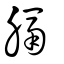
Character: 膈